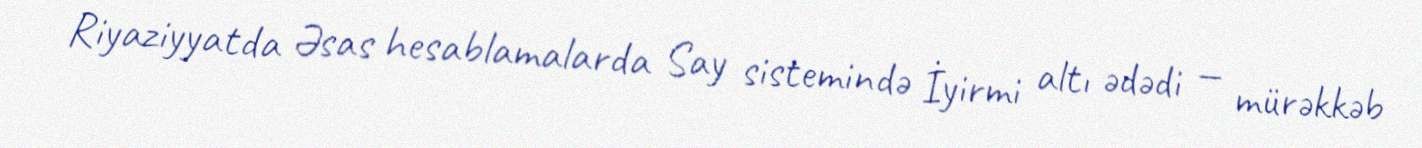
Riyaziyyatda Əsas hesablamalarda Say sistemində İyirmi altı ədədi — mürəkkəb